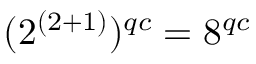
( 2 ^ { ( 2 + 1 ) } ) ^ { q c } = 8 ^ { q c }